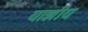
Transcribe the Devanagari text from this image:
याज्ञीय